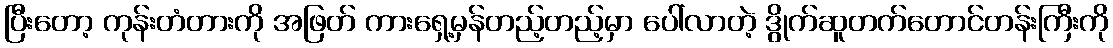
ပြီးတော့ ကုန်းတံတားကို အဖြတ် ကားရှေ့မှန်တည့်တည့်မှာ ပေါ်လာတဲ့ ဒွိုက်ဆူတက်တောင်တန်းကြီးကို